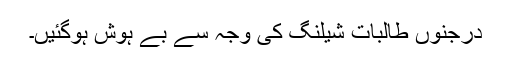
درجنوں طالبات شیلنگ کی وجہ سے بے ہوش ہوگئیں۔